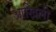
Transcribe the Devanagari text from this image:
आखिली